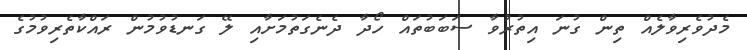
މެދުވެރިވާލެއް ތިން ގުނަ އިތުރުވާ ސަބަބުތައް ހޯދާ ދެނެގަތުމަށާއި ލޭ ގަނޑުވުމުން ރައްކާތެރިވުމުގެ